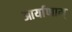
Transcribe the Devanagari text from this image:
आर्याणाम्